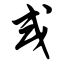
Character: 或